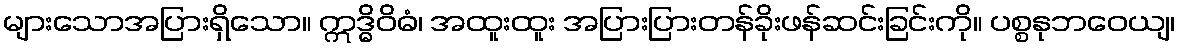
များသောအပြားရှိသော။ ဣဒ္ဓိဝိဓံ၊ အထူးထူး အပြားပြားတန်ခိုးဖန်ဆင်းခြင်းကို။ ပစ္စနုဘဝေယျ၊